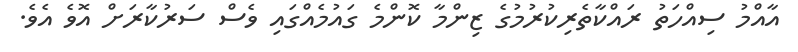
އާއްމު ސިއްހަތު ރައްކާތެރިކުރުމުގެ ޒިންމާ ކޮންމެ ގައުމެއްގައި ވެސް ސަރުކާރަށް އޮވެ އެވެ.